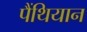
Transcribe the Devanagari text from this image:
पैंथियान